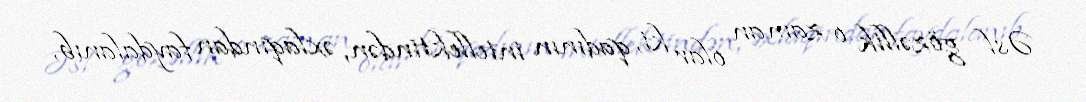
Əsl gözəllik o zaman olar ki, qadının intellektindən, əxlaqından faydalanıb,